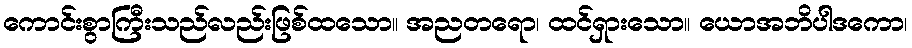
ကောင်းစွာကြီးသည်လည်းဖြစ်ထသော။ အညတရော၊ ထင်ရှားသော။ ယောအဘိပါဒကော၊